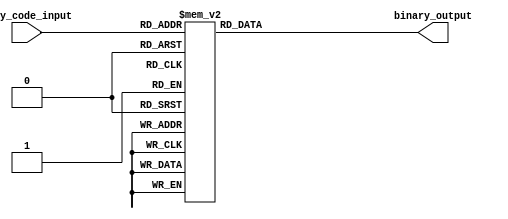
module gray_code_decoder (
input [3:0] gray_code_input,
output reg [3:0] binary_output
);

always @* begin
    case(gray_code_input)
        4'b0000: binary_output = 4'b0000;
        4'b0001: binary_output = 4'b0001;
        4'b0011: binary_output = 4'b0010;
        4'b0010: binary_output = 4'b0011;
        4'b0110: binary_output = 4'b0100;
        4'b0111: binary_output = 4'b0101;
        4'b0101: binary_output = 4'b0110;
        4'b0100: binary_output = 4'b0111;
        4'b1100: binary_output = 4'b1000;
        4'b1101: binary_output = 4'b1001;
        4'b1111: binary_output = 4'b1010;
        4'b1110: binary_output = 4'b1011;
        4'b1010: binary_output = 4'b1100;
        4'b1011: binary_output = 4'b1101;
        4'b1001: binary_output = 4'b1110;
        4'b1000: binary_output = 4'b1111;
        default: binary_output = 4'bxxxx; //placeholder for invalid input
    endcase
end

endmodule